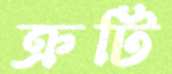
ক্রটি